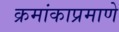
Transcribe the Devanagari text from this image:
क्रमांकाप्रमाणे